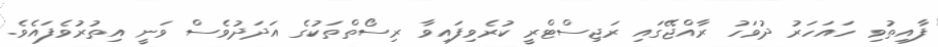
ފާއިތުވި ހައަހަރު ދުވަހު ރާއްޖޭގައި ރަޖިސްޓްރީ ކުރެވިފައިވާ ރިސޯތްތަކުގެ އަދަދުވެސް ވަނީ އިތުރުވެފައެވެ.